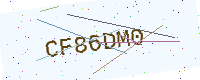
Text: CF86DM0